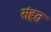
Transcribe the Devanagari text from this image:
संहृत